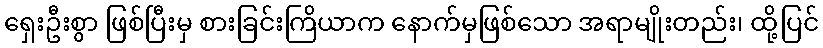
ရှေးဦးစွာ ဖြစ်ပြီးမှ စားခြင်းကြိယာက နောက်မှဖြစ်သော အရာမျိုးတည်း၊ ထို့ပြင်